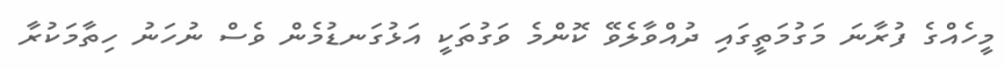
މީހެއްގެ ފުރާނަ މަގުމަތީގައި ދުއްވާލެވޭ ކޮންމެ ވަގުތަކީ އަޅުގަނޑުމެން ވެސް ނުހަނު ހިތާމަކުރާ